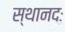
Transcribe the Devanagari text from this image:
स्थानदः